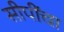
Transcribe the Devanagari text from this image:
सीपींचा